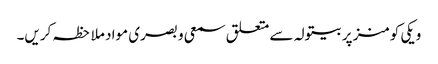
ویکی کومنز پر بیتولہ سے متعلق سمعی و بصری مواد ملاحظہ کریں۔